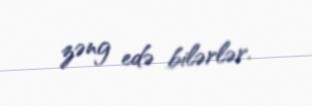
zəng edə bilərlər.